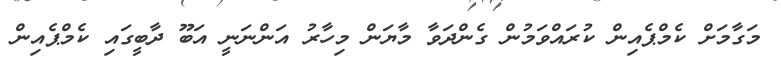
މަގާމަށް ކެމްޕެއިން ކުރައްވަމުން ގެންދަވާ މާޔަން މިހާރު އަންނަނީ އަބޫ ދާބީގައި ކެމްޕެއިން